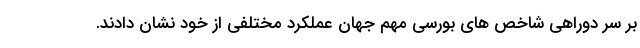
بر سر دوراهی شاخص های بورسی مهم جهان عملکرد مختلفی از خود نشان دادند.